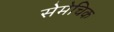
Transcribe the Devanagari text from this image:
सेमेचिक